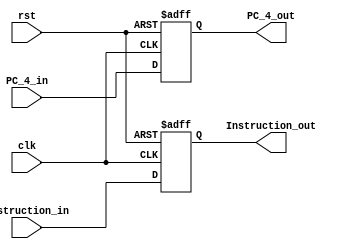
module IF_ID_Register (PC_4_out, Instruction_out, PC_4_in, Instruction_in, clk, rst);


output [31:0]PC_4_out;
reg [31:0]PC_4_out;
output [31:0]Instruction_out;
reg [31:0]Instruction_out;
input [31:0]PC_4_in;
input [31:0]Instruction_in;
input clk, rst;



always@(posedge clk or posedge rst)
begin
    if(rst)begin
        Instruction_out<=32'd0;
        PC_4_out<=32'd0;
    end
    else begin
        Instruction_out<=Instruction_in;
        PC_4_out<=PC_4_in;
    end
end



endmodule